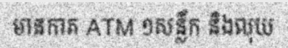
មានកាត ATM ១សន្លឹក និងលុយ